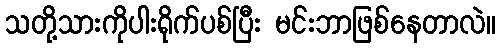
သတို့သားကိုပါးရိုက်ပစ်ပြီး မင်းဘာဖြစ်နေတာလဲ။